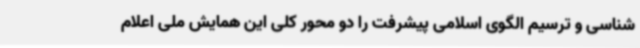
شناسی و ترسیم الگوی اسلامی پیشرفت را دو محور کلی این همایش ملی اعلام